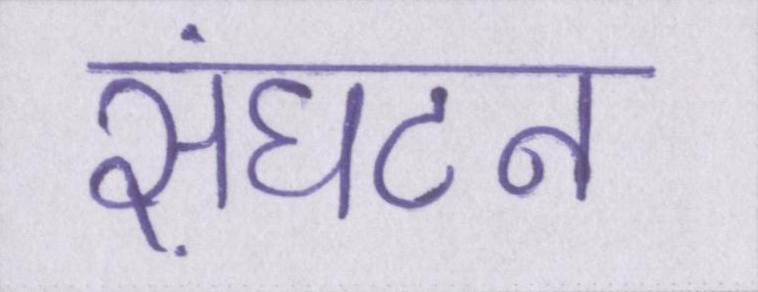
संघटन